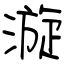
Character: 漩